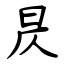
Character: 昃